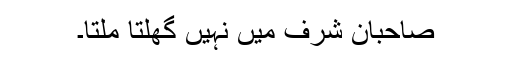
صاحبان شرف میں نہیں گھلتا ملتا۔